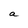
Character: a